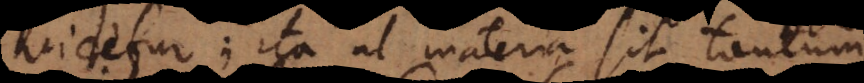
videtur; ita ut materia sit tantum